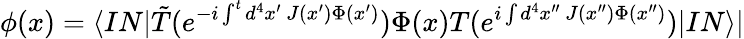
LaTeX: \phi(x)=\langle IN|\tilde{T}(e^{-i\int^{t}d^{4}x^{\prime}~J(x^{\prime})\Phi(x^{\prime})})\Phi(x)T(e^{i\int d^{4}x^{\prime\prime}~J(x^{\prime\prime})\Phi(x^{\prime\prime})})|IN\rangle|